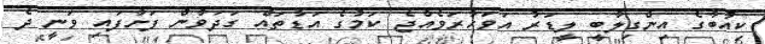
ކިއުބާގެ އިންގިލާބީ ލީޑަރު އަވަހާރަވެއްޖެ ކަމުގެ އަޑުތައް ގަދަވާން ފަށާފައި ވަނީ ދެ